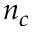
n _ { c }